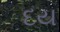
દય